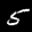
Label: 5